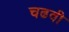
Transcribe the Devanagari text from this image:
चढवी